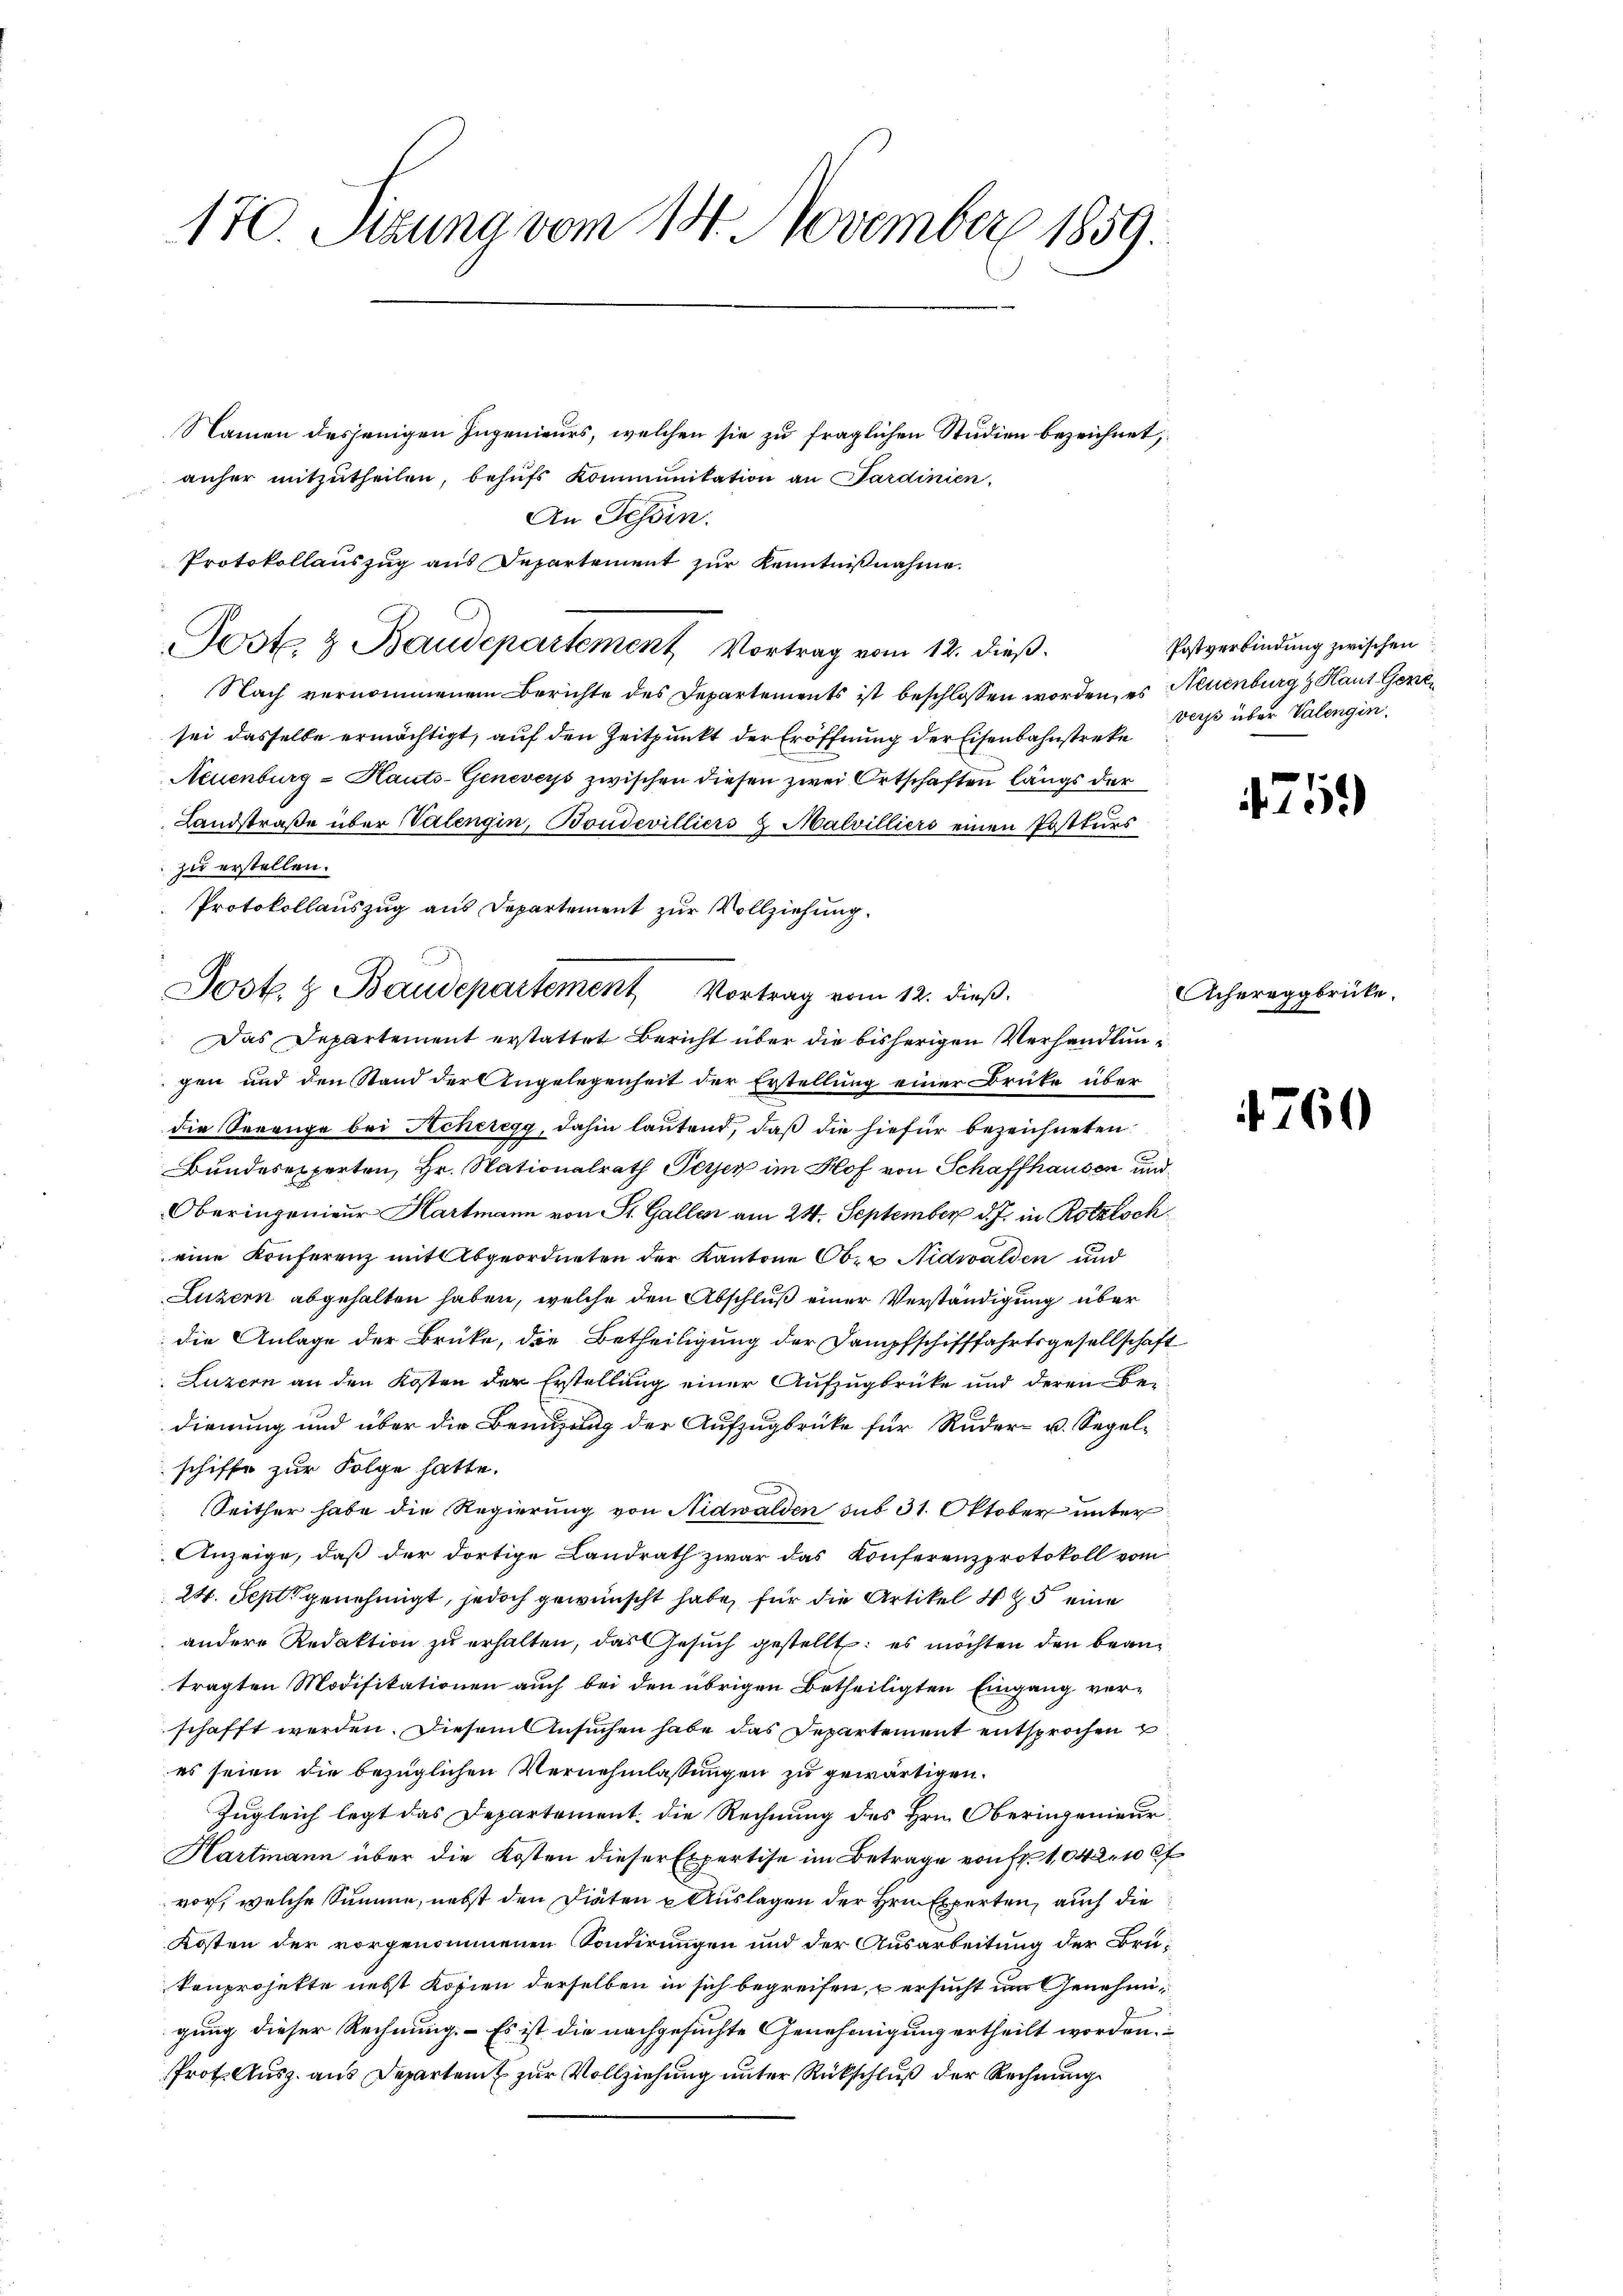
170. Sizung vom 14. November 1859.

Namen dasjenigen Ingenieurs, welchen sie zu fraglichen Studien bezeichnet,
anher mitzutheilen, behufs Kommunitation an Sardinien,
An Tessin.
Protokollauszug aus Departement zur Kenntnißnahme.
Post. & Baudepartement Vortrag vom 12. dieß.
Nach vernommenem Berichte des Departements ist beschlossen worden, es Neuenburg z. Haut Genzsei dasselbe ermächtigt, auf den Zeitpunkt der Eröffnung der Eisenbahnstreke
Neuenburg - Hauts-Geneveys zwischen diesen zwei Ortschaften längs der
Landstraße über Valengin, Boudevilliers 2 Malvilliers einen Postkurs
zu erstellen.
Das Departement erstattet Bericht über die bisherigen Verhandlungen und den Stand der Angelegenheit der Erstellung einer Brüke über
die Serenge bei Acheregg, dahin lautend, daß die hiefür bezeichneten
Bundesexperten, Hr. Nationalrath Peyer im Hof von Schaffhausen und
Oberingenieur Hartmann von St. Gallen am 24. September d. J. in Rotzlock
eine Konferenz mit Abgeordneten der Kantone Ober Nidwalden und
Luzern abgehalten haben, welche den Abschluß einer Verständigung über
die Anlage der Brüke, die Betheiligung der Dampfschifffahrtsgesellschaft
Luzern an den Kosten der Erstellung einer Aufzugbrüke und deren Bedienung und über die Bemühung der Aufzugbrüke für Ruder- u. Segel-
schiffe zur Folge hatte.
Seither habe die Regierung von Nidwalden sub 31. Oktober unter
Anzeige, daß der dortige Landrath zwar das Konferenzprotokoll vom
24. Sept genehmigt, jedoch gewünscht habe, für die Artikel 15 eine
andere Redaktion zu erhalten, das Gesuch gestellt: es möchten den beantragten Modifikationen auch bei den übrigen Betheiligten Eingang ver-
schafft werden. Diesem Ansuchen habe das Departement entsprochen
es seien die bezüglichen Vernehmlassungen zu gewärtigen.
Zugleich legt das Departement die Rechnung des Hrn. Oberingenieur
Hartmann über die Kosten dieser Expertise im Betrage von fr. 10420 Ct
vor, welche Summe, nebst den Diäten & Auslagen der Hrn. Experten, auch die
Kosten der vorgenommenen Sondirungen und der Ausarbeitung der Bru-
konprojekte nebst Kopien derselben in sich begreifen, ersucht um Genehmigung dieser Rechnung. Es ist die nachgesuchte Genehmigung ertheilt worden.
Prot. Ausz. aus Departenz zur Vollziehung unter Rückschluß der Rechnung

Protokollauszug aus Departement zur Vollziehung.
Sost. & Baudepartement Vortrag vom 12. dieß.

Postverbindung zwischen
verst über Valengin.

4759

Achereggbrücke.

1760